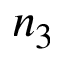
n _ { 3 }